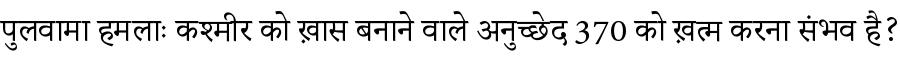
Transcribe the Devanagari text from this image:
पुलवामा हमलाः कश्मीर को ख़ास बनाने वाले अनुच्छेद 370 को ख़त्म करना संभव है?